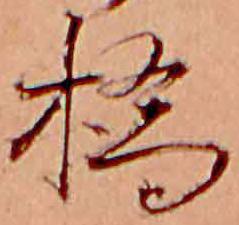
橋